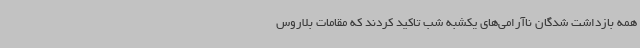
همه بازداشت شدگان ناآرامی‌های یکشبه شب تاکید کردند که مقامات بلاروس